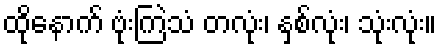
ထိုနောက် ဗုံးကြဲသံ တလုံး၊ နှစ်လုံး၊ သုံးလုံး။